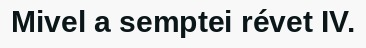
Mivel a semptei révet IV.